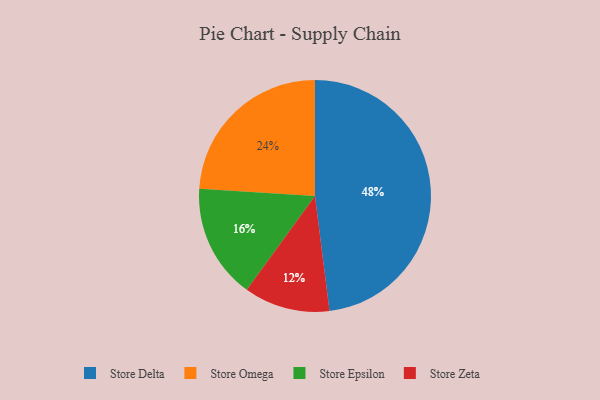
{"axis": {"x": "Category", "y": "Percentage"}, "legend": ["Store Delta", "Store Epsilon", "Store Omega", "Store Zeta"], "data": [{"x": "Store Zeta", "y": 12, "type": "Store Zeta"}, {"x": "Store Omega", "y": 24, "type": "Store Omega"}, {"x": "Store Epsilon", "y": 16, "type": "Store Epsilon"}, {"x": "Store Delta", "y": 48, "type": "Store Delta"}]}